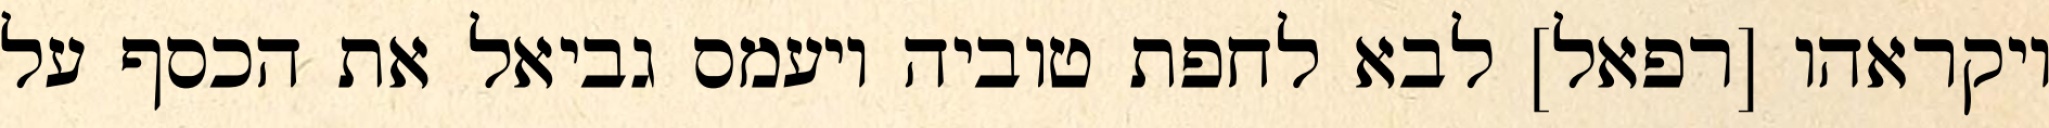
ויקראהו [רפאל] לבא לחפת טוביה ויעמס גביאל את הכסף על